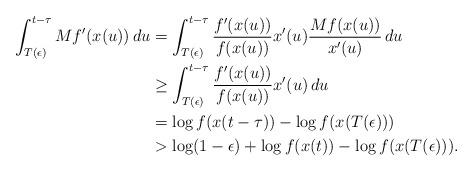
LaTeX: \begin{align*}\int_{T(\epsilon)}^{t-\tau} Mf'(x(u))\,du &= \int_{T(\epsilon)}^{t-\tau} \frac{f'(x(u))}{f(x(u))}x'(u)\frac{Mf(x(u))}{x'(u)}\,du \\&\geq \int_{T(\epsilon)}^{t-\tau} \frac{f'(x(u))}{f(x(u))}x'(u)\,du\\&= \log f(x(t-\tau))-\log f(x(T(\epsilon)))\\&> \log(1-\epsilon) + \log f(x(t)) - \log f(x(T(\epsilon))).\end{align*}